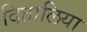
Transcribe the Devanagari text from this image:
दितालिया